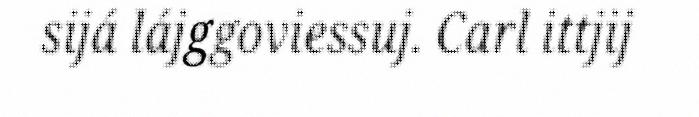
sijá lájggoviessuj. Carl ittjij